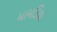
મામડિયા